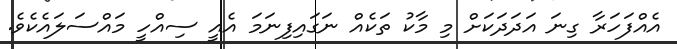
އެއްފަހަރާ ގިނަ އަދަދަކަށް މި މާކު ތަކެއް ނަގައިފިނަމަ އެއީ ސިއްހީ މައްސަލައެކެވެ.